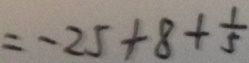
= - 2 5 + 8 + \frac { 1 } { 5 }